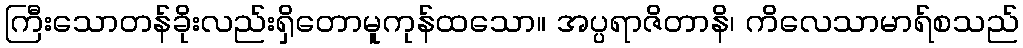
ကြီးသောတန်ခိုးလည်းရှိတောမူကုန်ထသော။ အပ္ပရာဇိတာနိ၊ ကိလေသာမာရ်စသည်